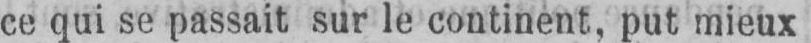
ce qui se passait sur le continent, put mieux